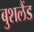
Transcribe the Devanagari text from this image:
बुशलैंड